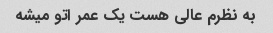
به نظرم عالی هست یک عمر اتو میشه